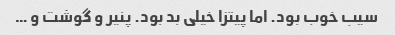
سیب خوب بود. اما پیتزا خیلی بد بود. پنیر و گوشت و …